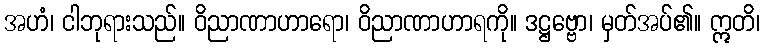
အဟံ၊ ငါဘုရားသည်။ ဝိညာဏာဟာရော၊ ဝိညာဏာဟာရကို။ ဒဋ္ဌဗ္ဗော၊ မှတ်အပ်၏။ ဣတိ၊